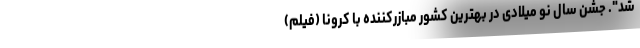
شد". جشن سال نو میلادی در بهترین کشور مبازرکننده با کرونا (فیلم)